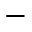
-